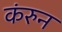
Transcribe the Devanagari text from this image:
कंरुन